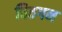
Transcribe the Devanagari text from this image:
वितगन